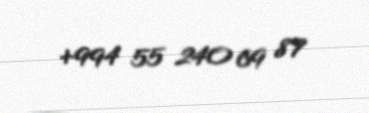
+994 55 240 69 87